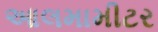
આલમામીટર